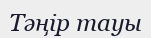
Тәңір тауы